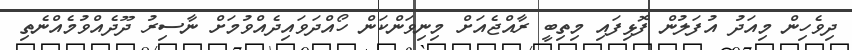
ދިވެހިން މިއަދު އުފަލުން ފޮޅިފައި މިތިބީ ރާއްޖެއަށް މިނިވަންކަން ހޯއްދަވައިދެއްވުމަށް ނާސިރު ދޫދެއްވުމެއްނެތި